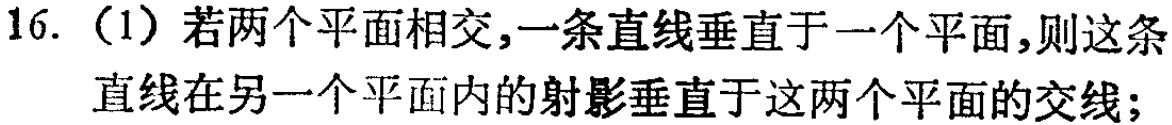
16. （1）若两个平面相交,一条直线垂直于一个平面,则这条直线在另一个平面内的射影垂直于这两个平面的交线;